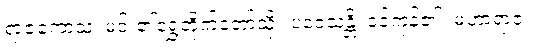
ရာဇကောသံ၊ မင်း၏ရွှေတိုက်တော်သို့။ ပဝေသန္တိ၊ ဝင်ကုန်၏။ မဟာရာဇ၊